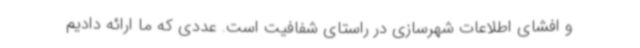
و افشای اطلاعات شهرسازی در راستای شفافیت است. عددی که ما ارائه دادیم